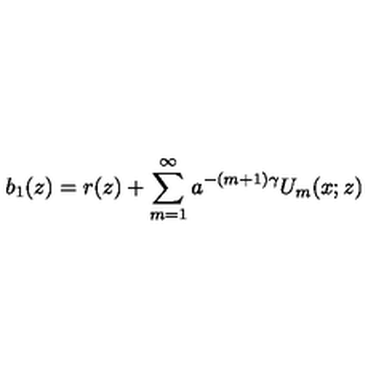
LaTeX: b _ { 1 } ( z ) = r ( z ) + \sum _ { m = 1 } ^ { \infty } a ^ { - ( m + 1 ) \gamma } U _ { m } ( x ; z )